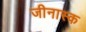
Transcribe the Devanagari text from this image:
जीनास्‍क